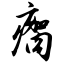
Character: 瘸